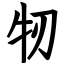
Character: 牣